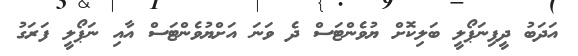
އަދަބު ދީފިނަޕޯލީ ބަލިކޮށް ޔުވެންޓަސް ދެ ވަނަ އަށްޔުވެންޓަސް އާއި ނަޕޯލީ ފަރަގު